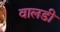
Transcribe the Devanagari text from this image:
वालडी